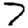
Digit: 7